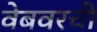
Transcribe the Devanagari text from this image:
वेबवरची